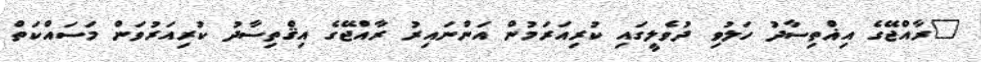
"ރާއްޖޭގެ އިޣްތިސާދު ހަލުވި ދުވެލީގައި ކުރިއަރަމުން އަންނައިރު ރާއްޖޭގެ އިޤްތިސާދު ކުރިއަރުވަން މަސައްކަތް